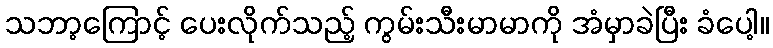
သဘာ့ကြောင့် ပေးလိုက်သည့် ကွမ်းသီးမာမာကို အံမှာခဲပြီး ခံပေါ့။